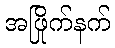
အဖြိုက်နက်